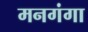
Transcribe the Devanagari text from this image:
मनगंगा